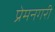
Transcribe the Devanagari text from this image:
प्रेमनगरी